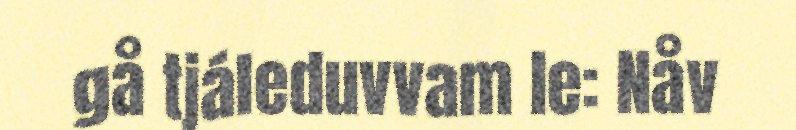
gå tjáleduvvam le: Nåv